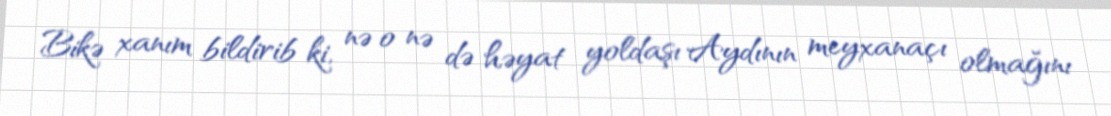
Bikə xanım bildirib ki, nə o nə də həyat yoldaşı Aydının meyxanaçı olmağını